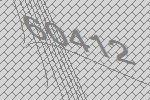
60412